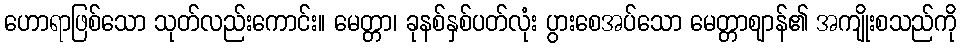
ဟောရာဖြစ်သော သုတ်လည်းကောင်း။ မေတ္တာ၊ ခုနစ်နှစ်ပတ်လုံး ပွားစေအပ်သော မေတ္တာဈာန်၏ အကျိုးစသည်ကို